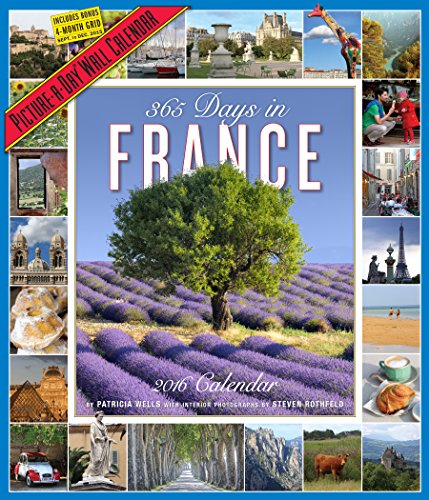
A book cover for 365 Days in France Picture-A-Day Wall Calendar 2016; Steven Rothfeld; Calendars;